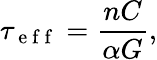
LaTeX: \tau_{\mathrm{~e~f~f~}}=\frac{nC}{\alpha G},